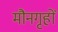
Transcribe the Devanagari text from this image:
मौनगृहों